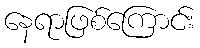
နေရာဖြစ်ကြောင်း